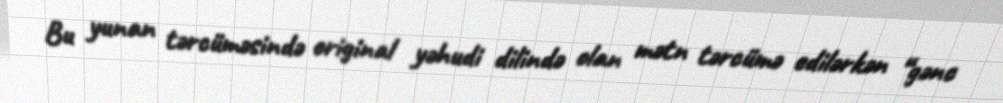
Bu yunan tərcüməsində original yəhudi dilində olan mətn tərcümə edilərkən “gənc